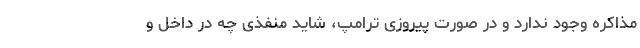
مذاکره وجود ندارد و در صورت پیروزی ترامپ، شاید منفذی چه در داخل و